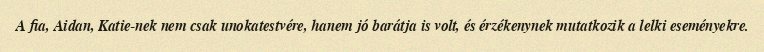
A fia, Aidan, Katie-nek nem csak unokatestvére, hanem jó barátja is volt, és érzékenynek mutatkozik a lelki eseményekre.